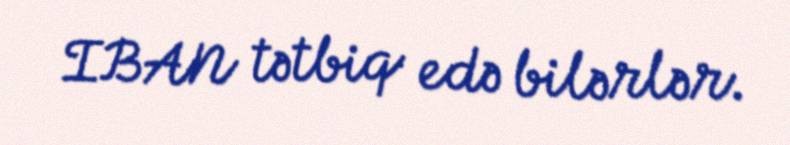
IBAN tətbiq edə bilərlər.